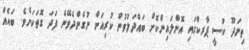
ތިނަދޫ ކުސީ ޕާރކްގައި އޮންލައިންކޮށް ބައްދަލުވުން ކުރިއަށް ނުގެންދެވޭނެ ފަދަ ގޮތަކަށެވެ. ބައެއް